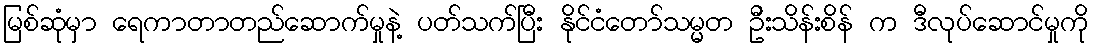
မြစ်ဆုံမှာ ရေကာတာတည်ဆောက်မှုနဲ့ ပတ်သက်ပြီး နိုင်ငံတော်သမ္မတ ဦးသိန်းစိန် က ဒီလုပ်ဆောင်မှုကို